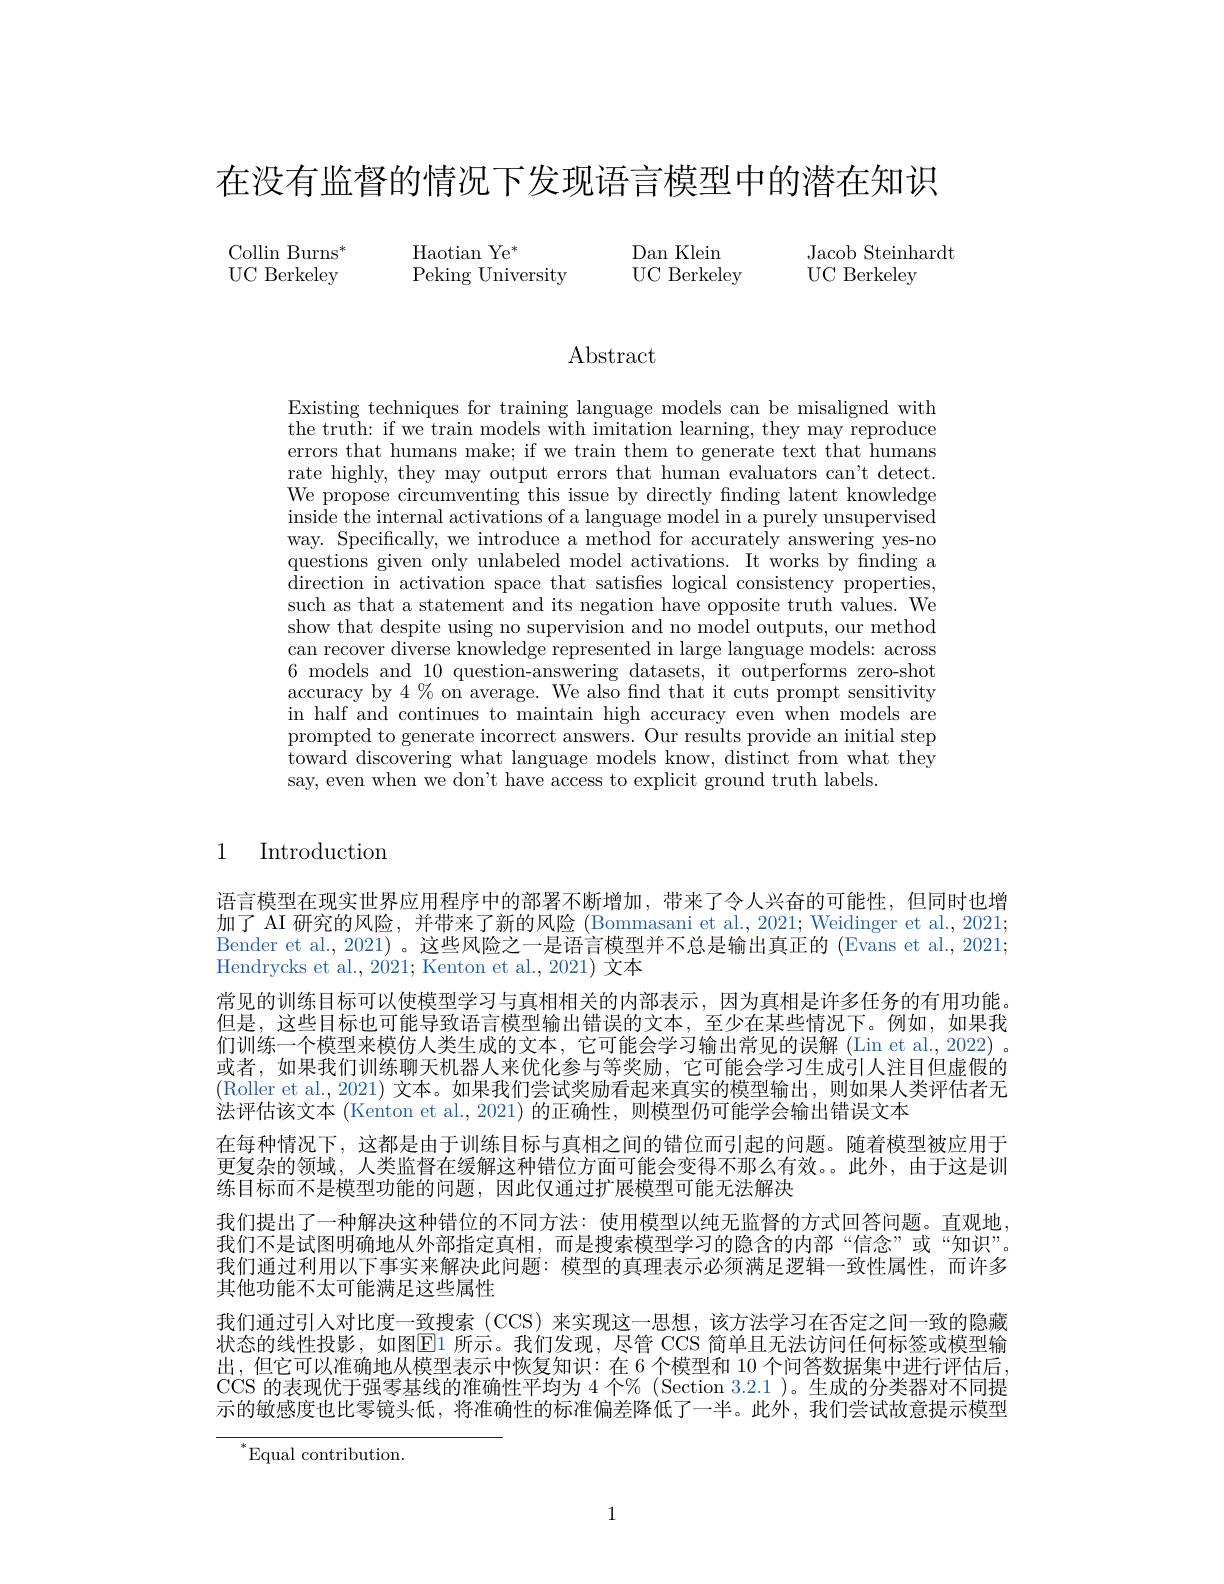
在没有监督的情况下发现语言模型中的潜在知识

Dan Klein
Jacob Steinhardt
UC Berkeley
UC Berkeley

$\begin{array}{lll}{\mathrm{Collin~Burns}^{*}}&&{\mathrm{Haotian~Ye}^{*}}\\{\mathrm{UC~Berkeley}}&&{\mathrm{Peking~University}}\end{array}$

$\operatorname{Abstract}$

Existing techniques for training language models can be misaligned with the truth: if we train models with imitation learning, they may reproduce errors that humans make; if we train them to generate text that humans rate highly, they may output errors that human evaluators can't detect. We propose circumventing this issue by directly finding latent knowledge inside the internal activations of a language model in a purely unsupervised way. Specifically, we introduce a method for accurately answering yes-no questions given only unlabeled model activations. It works by finding a ${\text{direction in activation space that satisfies logical consistency properties,}}$ such as that a statement and its negation have opposite truth values. We show that despite using no supervision and no model outputs, our method can recover diverse knowledge represented in large language models: across 6 models and 10 question-answering datasets, it outperforms zero-shot accuracy by $4\%$ on average. We also find that it cuts prompt sensitivity in half and continues to maintain high accuracy even when models are prompted to generate incorrect answers. Our results provide an initial step toward discovering what language models know, distinct from what they say, even when we don't have access to explicit ground truth labels.

1 Introduction

语言模型在现实世界应用程序中的部署不断增加，带来了令人兴奋的可能性，但同时也增加了 AI 研究的风险，并带来了新的风险 (Bommasani et al., 2021; Weidinger et al., 2021; Bender et al., 2021) 。这些风险之一是语言模型并不总是输出真正的 (Evans et al., 2021; Hendrycks et al., 2021; Kenton et al., 2021) 文本
常见的训练目标可以使模型学习与真相相关的内部表示，因为真相是许多任务的有用功能。但是，这些目标也可能导致语言模型输出错误的文本，至少在某些情况下。例如，如果我们训练一个模型来模仿人类生成的文本，它可能会学习输出常见的误解 (Lin et al., 2022) 。或者，如果我们训练聊天机器人来优化参与等奖励，它可能会学习生成引人注目但虚假的(Roller et al., 2021) 文本。如果我们尝试奖励看起来真实的模型输出，则如果人类评估者无法评估该文本 (Kenton et al., 2021) 的正确性，则模型仍可能学会输出错误文本
在每种情况下，这都是由于训练目标与真相之间的错位而引起的问题。随着模型被应用于更复杂的领域，人类监督在缓解这种错位方面可能会变得不那么有效。此外，由于这是训练目标而不是模型功能的问题，因此仅通过扩展模型可能无法解决
我们提出了一种解决这种错位的不同方法：使用模型以纯无监督的方式回答问题。直观地我们不是试图明确地从外部指定真相，而是搜索模型学习的隐含的内部“信念”或“知识”。我们通过利用以下事实来解决此问题：模型的真理表示必须满足逻辑一致性属性，而许多其他功能不太可能满足这些属性
我们通过引人对比度一致搜索 (CCS) 来实现这一思想，该方法学习在否定之间一致的隐藏状态的线性投影，如图$\overline{\mathrm{E}}$1 所示。我们发现，尽管 CCS 简单且无法访问任何标签或模型输出，但它可以准确地从模型表示中恢复知识：在 6 个模型和 10 个问答数据集中进行评估后CCS 的表现优于强零基线的准确性平均为 4 个% (Section 3.2.1 )。生成的分类器对不同提示的敏感度也比零镜头低，将准确性的标准偏差降低了一半。此外，我们尝试故意提示模型

$^*$Equal contribution.

1